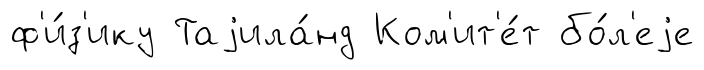
ф'и́з'ику Таjила́нд Ком'ит'е́т бо́л'еjе